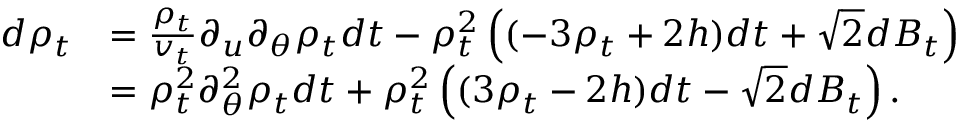
\begin{array} { r l } { d \rho _ { t } } & { = \frac { \rho _ { t } } { v _ { t } } \partial _ { u } \partial _ { \theta } \rho _ { t } d t - \rho _ { t } ^ { 2 } \left( ( - 3 \rho _ { t } + 2 h ) d t + \sqrt { 2 } d B _ { t } \right) } \\ & { = \rho _ { t } ^ { 2 } \partial _ { \theta } ^ { 2 } \rho _ { t } d t + \rho _ { t } ^ { 2 } \left( ( 3 \rho _ { t } - 2 h ) d t - \sqrt { 2 } d B _ { t } \right) . } \end{array}